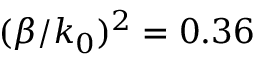
( \beta / k _ { 0 } ) ^ { 2 } = 0 . 3 6